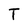
Character: T